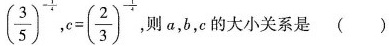
( \frac { 3 } { 5 } ) ^ { - \frac { 1 } { 4 } }$$,$$c = ( \frac { 2 } { 3 } ) ^ { - \frac { 1 } { 4 } }$$小关系是( )